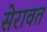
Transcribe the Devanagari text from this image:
सेरावत